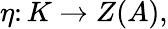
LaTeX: \eta\colon K\to Z(A),